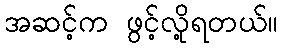
အဆင့်က ဖွင့်လို့ရတယ်။